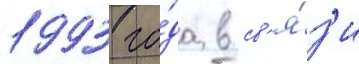
1993 го́да в св'я́з'и